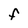
Character: F